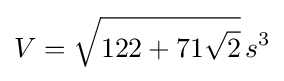
V={\sqrt {122+71{\sqrt {2}}}}\,s^{3}